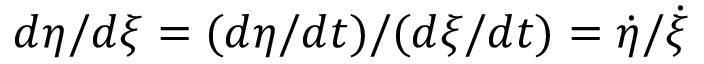
d \eta / d \xi = ( d \eta / d t ) / ( d \xi / d t ) = \dot { \eta } / \dot { \xi }